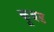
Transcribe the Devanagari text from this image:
कूबड